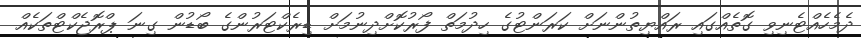
ދެމެހެއްޓެނިވި ގޮތެއްގައި ރައްޔިތުންނަށް ކަރަންޓުގެ ހިދުމަތް ފޯރުކޮށްދިނުމަށް ޑިރެކްޓަރުންގެ ބޯޑުން ގިނަ ޕްރޮޖެކްޓްތަކެއް